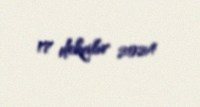
17 dekabr 2024